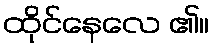
ထိုင်နေလေ ၏။